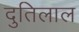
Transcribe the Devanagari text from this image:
दुतिलाल